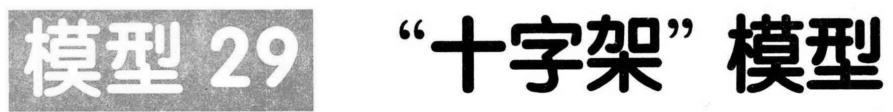
模型 29 “十字架”模型